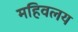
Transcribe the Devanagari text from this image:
महिवलय